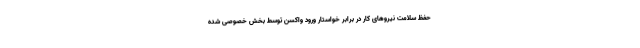
حفظ سلامت نیروهای کار در برابر خواستار ورود واکسن توسط بخش خصوصی شده